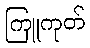
ကြူကုတ်